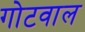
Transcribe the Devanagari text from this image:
गोटवाल